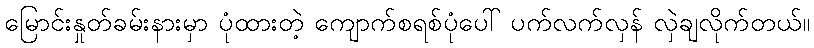
မြောင်းနှုတ်ခမ်းနားမှာ ပုံထားတဲ့ ကျောက်စရစ်ပုံပေါ် ပက်လက်လှန် လှဲချလိုက်တယ်။